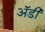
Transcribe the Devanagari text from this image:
अॅडी